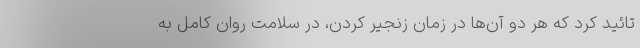
تائید کرد که هر دو آن‌ها در زمان زنجیر کردن، در سلامت روان کامل به